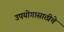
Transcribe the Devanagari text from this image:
उपयोगासाठीचे